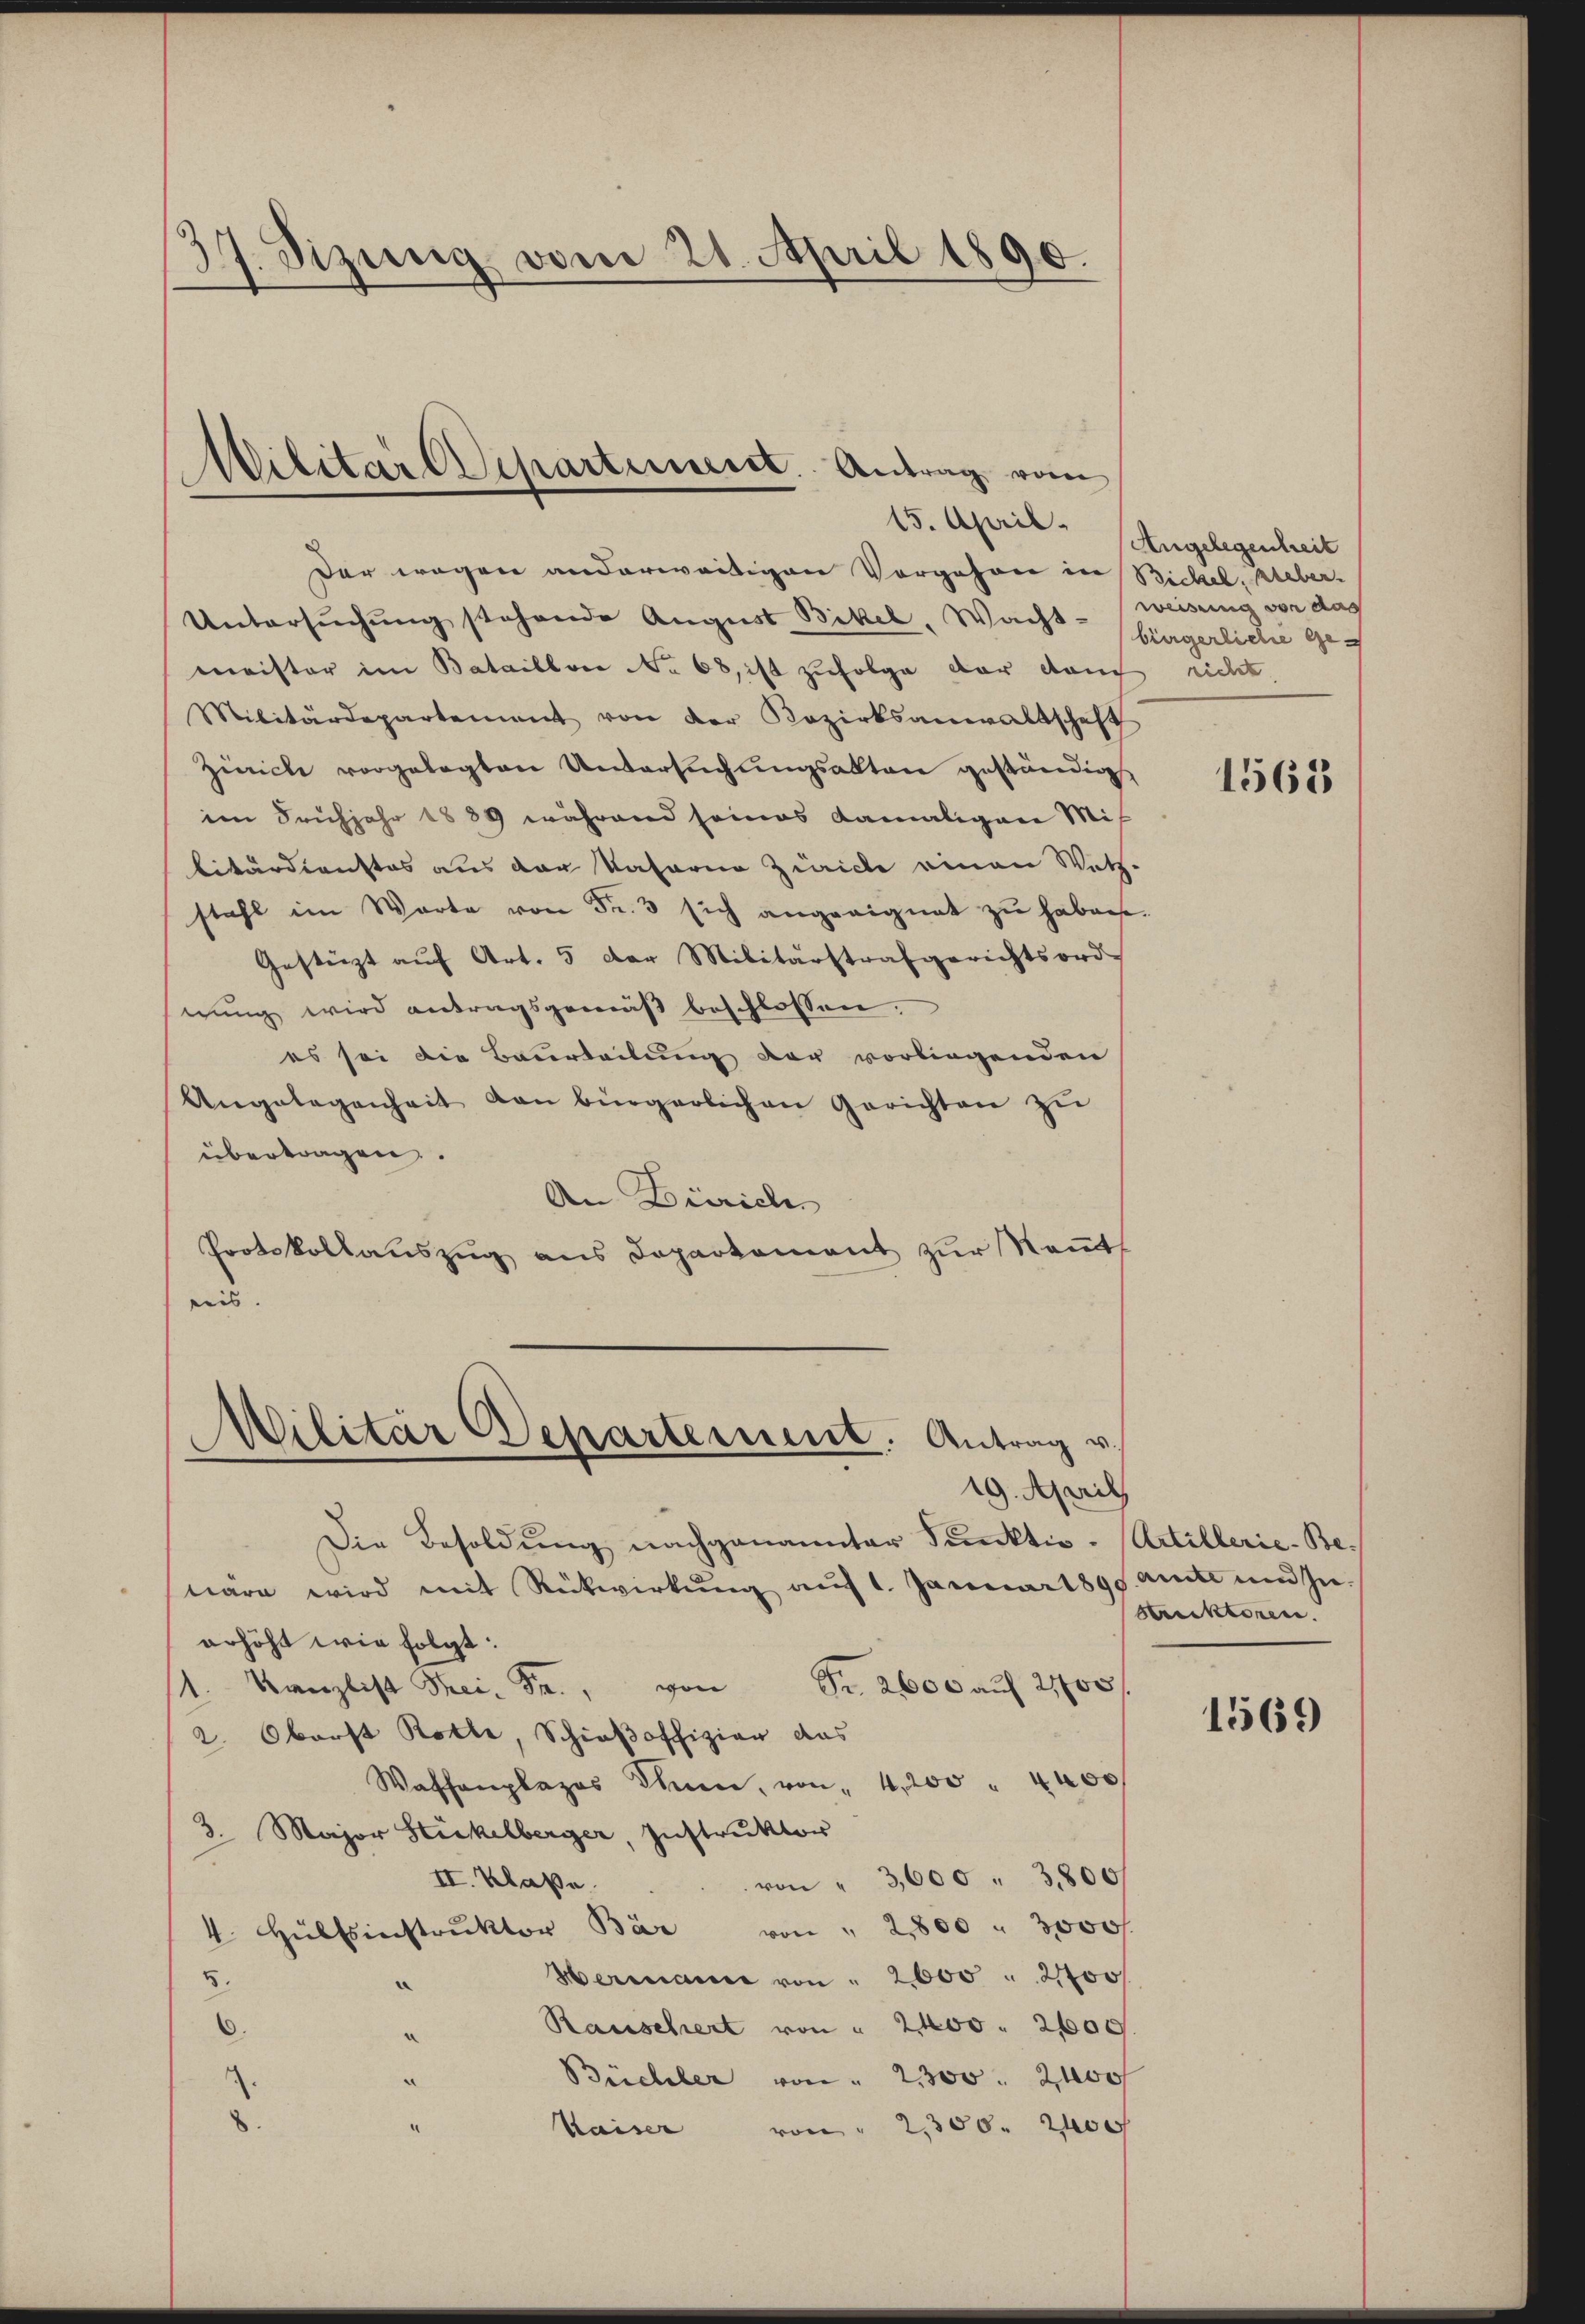
37. Sizung vom 21. April 1890.
.

1
Wilitar Departeisseret. Antrag vom

Der wegen anderweitigen Vorgehren in Bickel, Ueber-
Untersuchung stehende August Bikel, Wacht-
meister im Bataillon No 68, ist zufolge der dauch richt
Militärdepartement von der Bezirksanwaltschaft
Zürich vorgelegten Untersuchungsakten geständig
im Frühjahr 1889 während seines damaligen Mis
bitärdienstes aus der Vateria Zürich einen Wetz-
stahl im Warte von Fr. 3 sich angeeignet zŭ haben.
Gestürzt auf Art. 5 der Militärstrafgerichtsord-
nung wird antragsgemäß beschlossen.
es sei die Beurteilung der vorliegenden
Angelegenheit von bürgerlichen Gerichten zu
übertragen.
An Zürich
Protokollauszug aus Departement zur Kennt
reis.

Militär Departement. Antrag u.
19. April

15. April. Angelegenheit

weisung von das
bürgerliche ge¬
1568

Die Besoldung nachgenannter Punktiv-Artillerie-Be-
tiäre wird mit Rückwirkŭng auf 1. Januar 1899 amte und Inerhöht wie folgt:
1. Kanzlist Trei. Fr., von Fr. 2600 auf 21705/
2. Oberst Rotte, Schießoffizier das
Waffenplazos Thun, von 4,200 " 4000
2. Major Stickelberger, Instruktor
II. Klaße.
von " 3,600 " 3800/
4 Hülfsinstrŭktor Bär von " 2800 " 3000f
Hermann von " 2000 " 2700
5.
Rauschert von " 2400. 2600.
Büchler von " 2300. 2100f
Waiser von " 2,300. 200

Stektoren.

1569